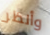
وأنظر